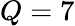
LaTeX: Q=7